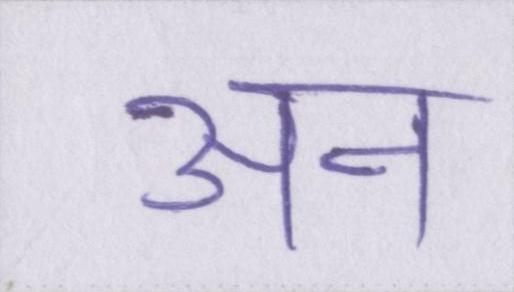
अन